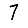
Digit: 7